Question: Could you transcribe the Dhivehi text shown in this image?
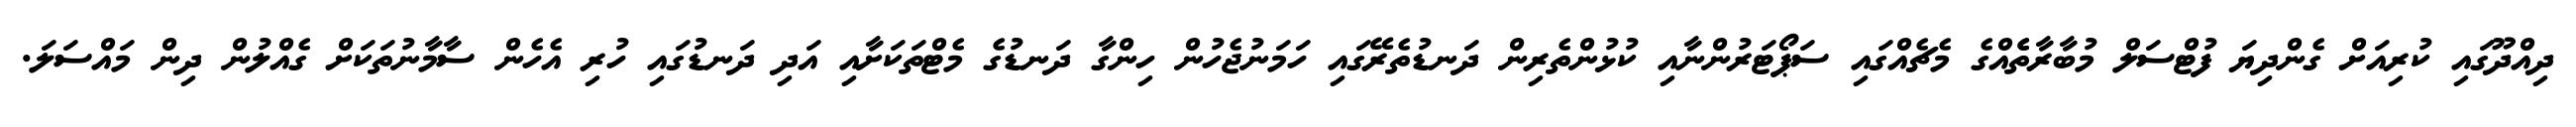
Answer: ދިއްދޫގައި ކުރިއަށް ގެންދިޔަ ފުޓްސަލް މުބާރާތެެއްގެ މެޗެއްގައި ސަޕޯޓަރުންނާއި ކުޅުންތެރިން ދަނޑުތެރޭގައި ހަމަނުޖެހުން ހިންގާ ދަނޑުގެ މެޓްތަކަށާއި އަދި ދަނޑުގައި ހުރި އެހެން ސާމާނުތަކަށް ގެއްލުން ދިން މައްސަލަ.